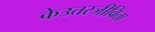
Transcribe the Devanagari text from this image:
केउत्तरजीविता